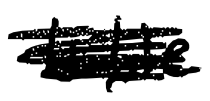
Text: title
Cross-out: scratch
Writing tool: digital_black